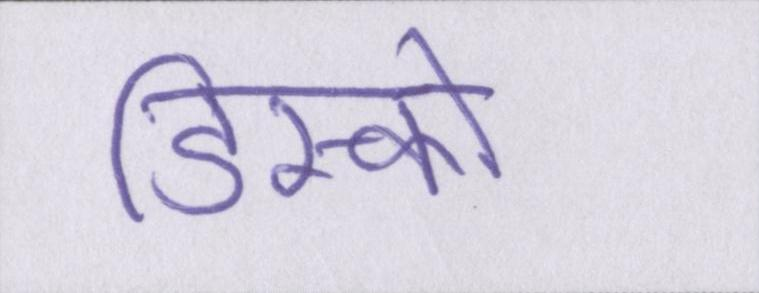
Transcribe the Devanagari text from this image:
डिस्कों